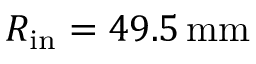
R _ { \mathrm { i n } } = 4 9 . 5 \, \mathrm { m m }